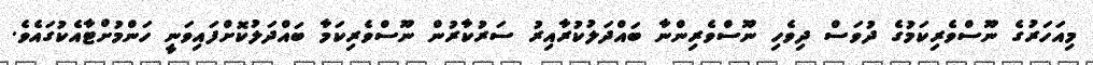
މިއަހަރުގެ ނޫސްވެރިކަމުގެ ދުވަސް ދިވެހި ނޫސްވެރިންނާ ބައްދަލުކުރާއިރު ސަރުކާރުން ނޫސްވެރިކަމާ ބައްދަލުކޮށްފައިވަނީ ހަންމުށްޓާއެކުގައެވެ.